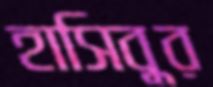
হাসিবুর